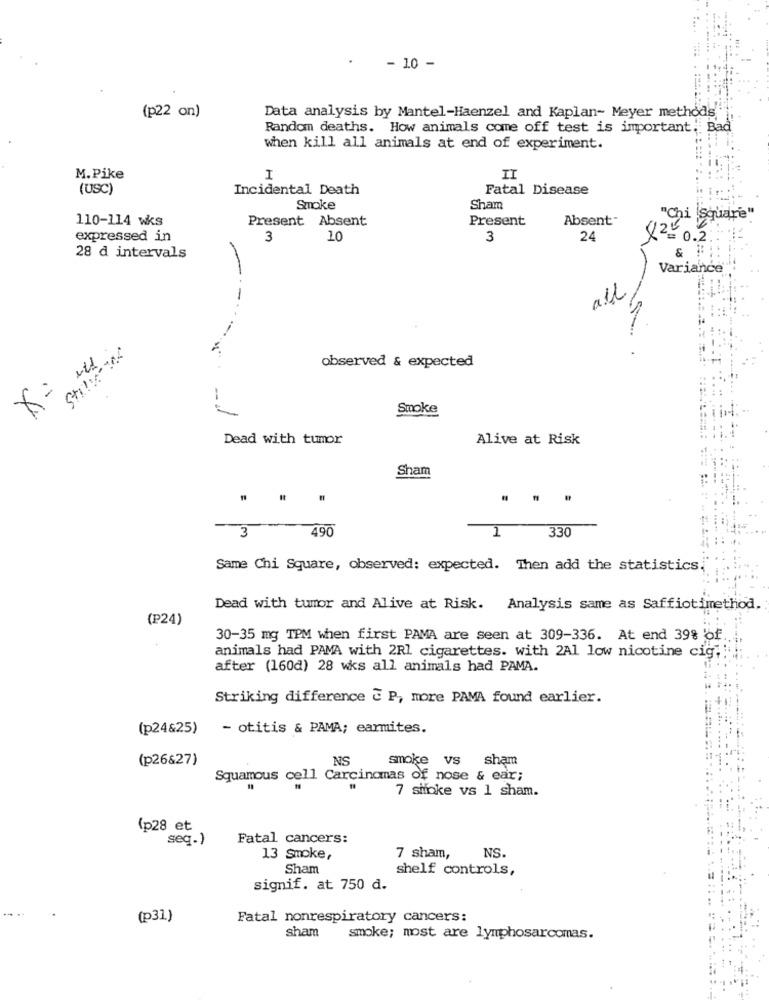
- 10 -
(p22 on)
Data analysis by Mantel-Haenzel and Kaplan- Meyer methods i,
Random deaths. How animals come off test is important. Bad
when kill all animals at end of experiment.
M. Pike
I
IT
(USC)
Incidental Death
Fatal Disease
Smoke
Sham
110-114 wks
Present Absent
Present
Absent-
"Chi (square"
expressed in
3
10
3
24
X 2= 0.2.
28 d intervals
&
Variance
all
Stilles
observed & expected
Smoke
Dead with tumor
Alive at Risk
Sham
. ..
3 490
1
330
Same Chi Square, observed: expected. Then add the statistics.
Dead with tumor and Alive at Risk. Analysis same as Saffiotimethod.
(P24)
30-35 mg TPM when first PAMA are seen at 309-336. At end 39% of.
animals had PAMA with 2Rl cigarettes. with 2A1 low nicotine cig ;;
after (160d) 28 wks all animals had PAMA.
Striking difference & P, more PAMA found earlier.
(p24&25)
- otitis & PAMA; earmites.
(p26&27)
NS
smoke vs sham
Squamous cell Carcinomas of nose & ear;
7 sifoke vs 1 sham.
(p28 et
seq.)
Fatal cancers:
13 smoke,
7 sham,
NS.
Sham
shelf controls,
signif. at 750 d.
(p31)
Fatal nonrespiratory cancers:
sham
smoke; most are lymphosarcomas.